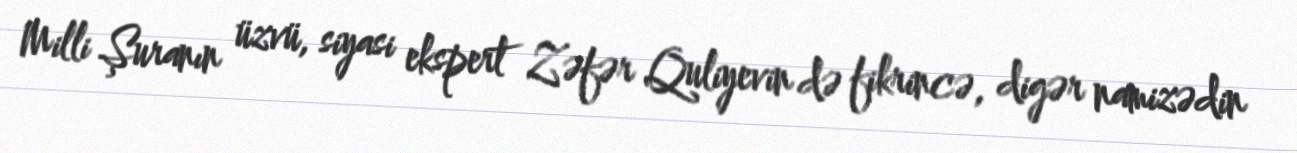
Milli Şuranın üzvü, siyasi ekspert Zəfər Quliyevin də fikrincə, digər namizədin